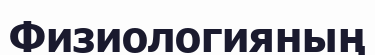
Физиологияның